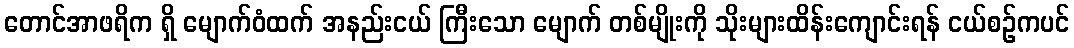
တောင်အာဖရိက ရှိ မျောက်ဝံထက် အနည်းငယ် ကြီးသော မျောက် တစ်မျိုးကို သိုးများထိန်းကျောင်းရန် ငယ်စဉ်ကပင်